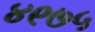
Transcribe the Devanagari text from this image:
४९७५